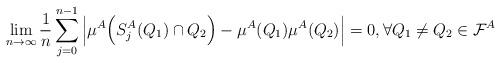
LaTeX: \begin{align*}\lim \limits_{n \to \infty} \frac{1}{n} \sum_{j=0}^{n-1} \Big|\mu^A\Big(S^A_j(Q_1) \cap Q_2\Big) - \mu^A (Q_1) \mu^A(Q_2)\Big| =0,\forall Q_1\ne Q_2 \in \mathcal{F}^A\end{align*}